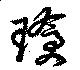
瑲